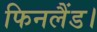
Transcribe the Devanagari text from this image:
फिनलैंड।